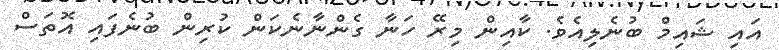
އައި ޝައިމް ބުނެލިއެވެ. ކާއިން މިރޭ ހަނާ ގެންނާނެކަން ކުރިން ބުނެފައި އޮތަސް